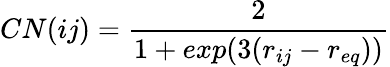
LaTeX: CN(ij)=\frac{2}{1+exp(3(r_{ij}-r_{eq}))}